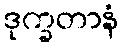
ဒုက္ခတာနံ